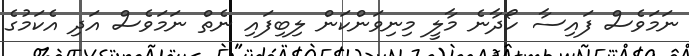
ނަމަވެސް ފައިސާ ހޯދާނެ މާލީ މިނިވަންކަން ލިބިފައި ނެތް ނަމަވެސް އަދި އެކަމުގެ